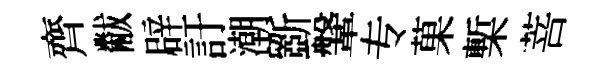
齊黻辟訏潮斵鞶专菓槧菩